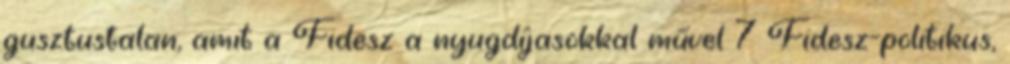
gusztustalan, amit a Fidesz a nyugdíjasokkal művel 7 Fidesz-politikus,